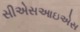
સીએસઆઇએસ